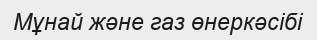
Мұнай және газ өнеркәсібі